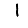
Digit: 1